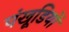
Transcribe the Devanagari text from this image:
पंखूडि़यों